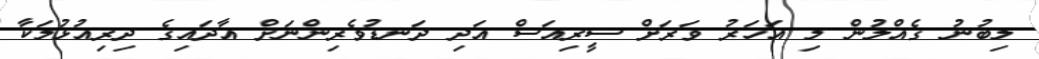
ލިބުނު ގެއްލުން މި އަހަރު ވަރަށް ސީރިއަސް އަދި ދަނޑުވެރިންނަށް އާދައިގެ ދިރިއުޅުމަކާ